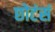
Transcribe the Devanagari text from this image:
छोटंसं